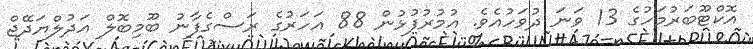
އޮކްޓޫބަރުމަހުގެ 13 ވަނަ ދުވަހުއެވެ. އުމުރުފުޅުން 88 އަހަރުގެ ރަސްގެފާނު ބޫމިބޮލް އަދުލްޔަދޭޖް